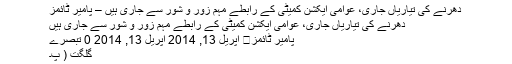
دھرنے کی تیاریاں جاری، عوامی ایکشن کمیٹی کے رابطے مہم زور و شور سے جاری ہیں – پامیر ٹائمز
دھرنے کی تیاریاں جاری، عوامی ایکشن کمیٹی کے رابطے مہم زور و شور سے جاری ہیں
پامیر ٹائمز	 اپریل 13, 2014 اپریل 13, 2014 0 تبصرے
گلگت ( پ۔